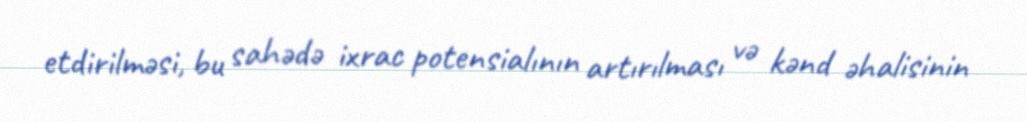
etdirilməsi, bu sahədə ixrac potensialının artırılması və kənd əhalisinin